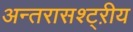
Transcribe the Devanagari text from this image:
अन्तरासश्ट्ऱीय